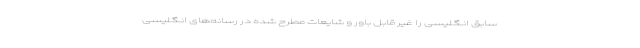
سابق انگلیسی را غیر قابل باور و شایعات مطرح شده در رسانه‌های انگلیسی